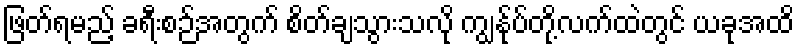
ဖြတ်ရမည့် ခရီးစဉ်အတွက် စိတ်ချသွားသလို ကျွန်ုပ်တို့လက်ထဲတွင် ယခုအထိ